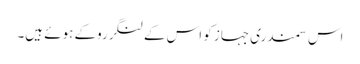
اس سمندری جہاز کو اس کےلنگرروکے ہوئے ہیں۔